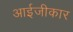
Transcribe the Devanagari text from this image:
आईजीकार